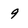
Character: 9